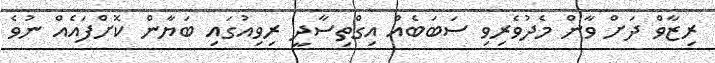
ރިޒާވް ދަށް ވާން މެދުވެރިވި ސަބަބެއް އިގްތިސާދީ ރިވިއުގައި ބަޔާން ކޮށްފައެއް ނުވެ